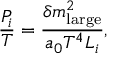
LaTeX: { \frac { P _ { i } } { T } } = { \frac { \delta m _ { \mathrm { l a r g e } } ^ { 2 } } { a _ { 0 } T ^ { 4 } L _ { i } } } ,